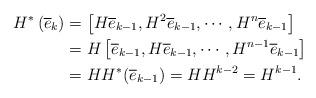
LaTeX: \begin{align*}H^{*}\left(\overline{e}_{k}\right)&=\left[H \overline{e}_{k-1}, H^{2} \overline{e}_{k-1}, \cdots, H^{n} \overline{e}_{k-1}\right]\\&= H\left[ \overline{e}_{k-1}, H \overline{e}_{k-1}, \cdots, H^{n-1} \overline{e}_{k-1}\right]\\&=HH^{*}(\overline{e}_{k-1})= HH^{k-2}=H^{k-1}.\end{align*}